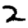
Digit: 2